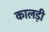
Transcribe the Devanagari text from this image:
कालड़ी